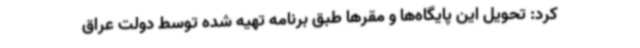
کرد: تحویل این پایگاه‌ها و مقرها طبق برنامه تهیه شده توسط دولت عراق